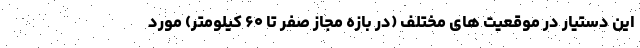
این دستیار در موقعیت های مختلف (در بازه مجاز صفر تا ۶۰ کیلومتر) مورد